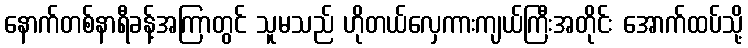
နောက်တစ်နာရီခန့်အကြာတွင် သူမသည် ဟိုတယ်လှေကားကျယ်ကြီးအတိုင်း အောက်ထပ်သို့